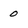
Character: 0